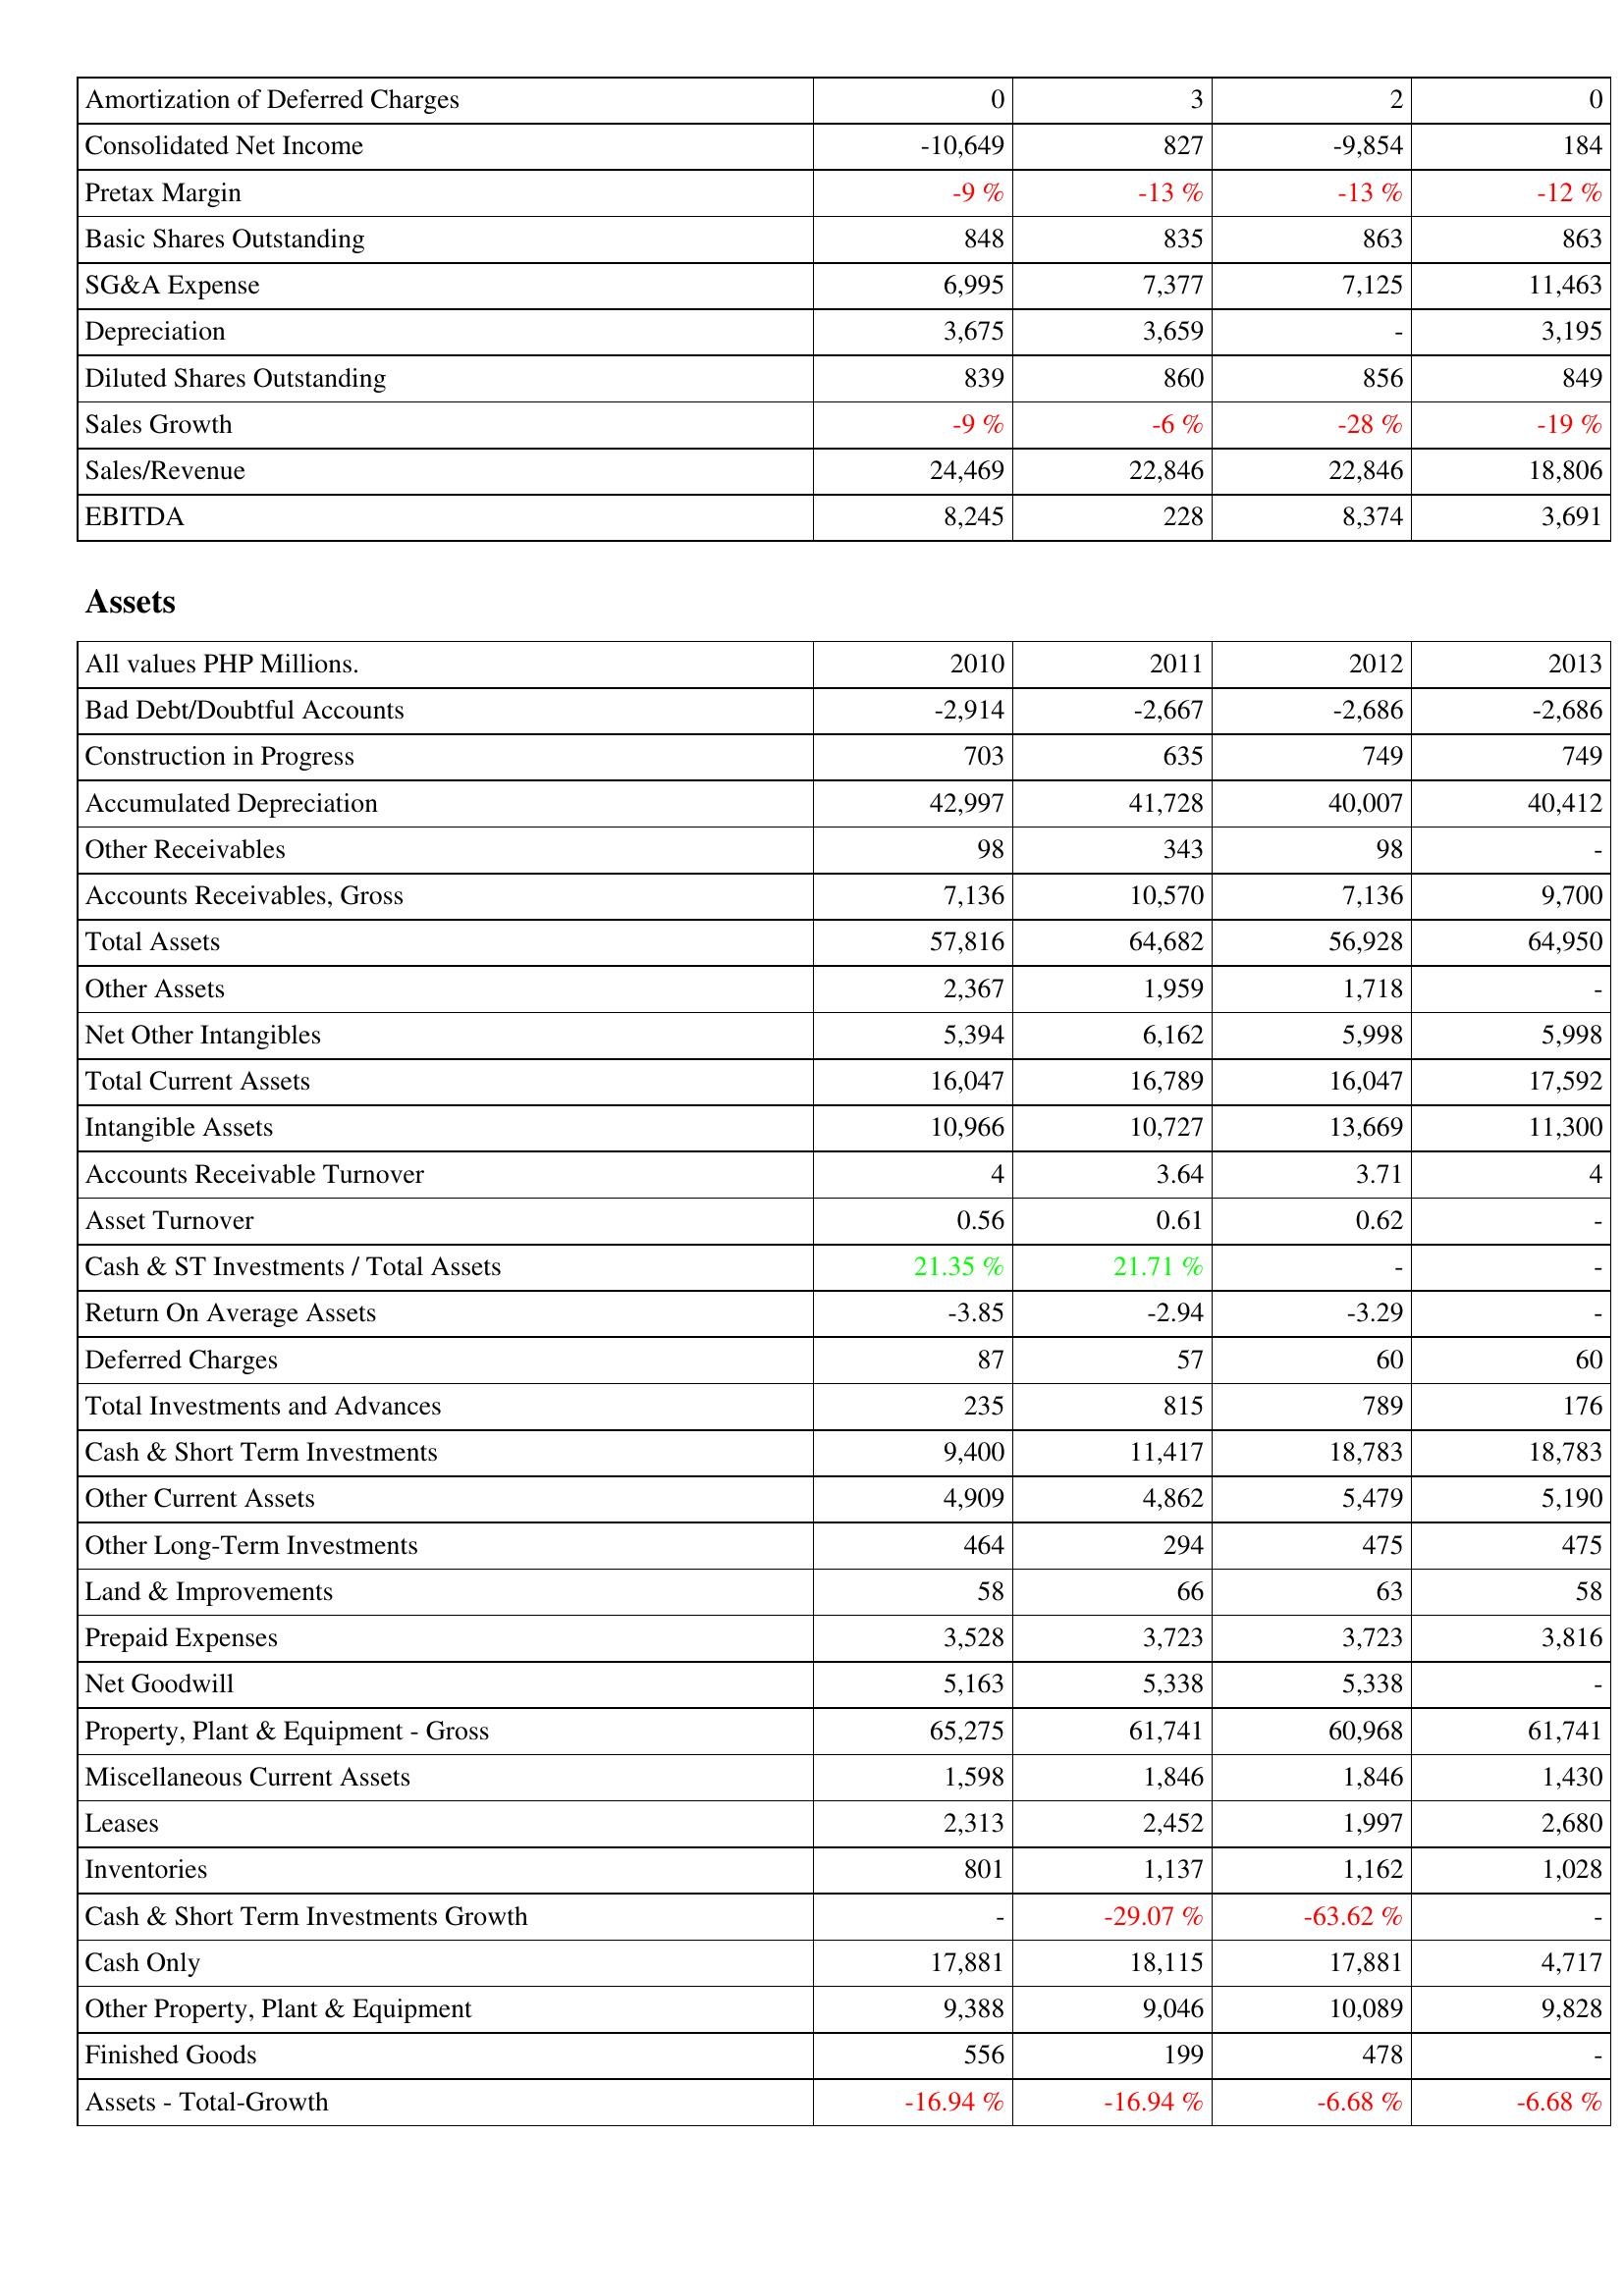
2010: Income Statement: Amortization of Deferred Charges: 0
Consolidated Net Income: -10,649
Pretax Margin: -9 %
Basic Shares Outstanding: 848
SG&A Expense: 6,995
Depreciation: 3,675
Diluted Shares Outstanding: 839
Sales Growth: -9 %
Sales/Revenue: 24,469
EBITDA: 8,245
Assets: Bad Debt/Doubtful Accounts: -2,914
Construction in Progress: 703
Accumulated Depreciation: 42,997
Other Receivables: 98
Accounts Receivables, Gross: 7,136
Total Assets: 57,816
Other Assets: 2,367
Net Other Intangibles: 5,394
Total Current Assets: 16,047
Intangible Assets: 10,966
Accounts Receivable Turnover: 4
Asset Turnover: 0.56
Cash & ST Investments / Total Assets: 21.35 %
Return On Average Assets: -3.85
Deferred Charges: 87
Total Investments and Advances: 235
Cash & Short Term Investments: 9,400
Other Current Assets: 4,909
Other Long-Term Investments: 464
Land & Improvements: 58
Prepaid Expenses: 3,528
Net Goodwill: 5,163
Property, Plant & Equipment - Gross: 65,275
Miscellaneous Current Assets: 1,598
Leases: 2,313
Inventories: 801
Cash & Short Term Investments Growth: -
Cash Only: 17,881
Other Property, Plant & Equipment: 9,388
Finished Goods: 556
Assets - Total-Growth: -16.94 %
2011: Income Statement: Amortization of Deferred Charges: 3
Consolidated Net Income: 827
Pretax Margin: -13 %
Basic Shares Outstanding: 835
SG&A Expense: 7,377
Depreciation: 3,659
Diluted Shares Outstanding: 860
Sales Growth: -6 %
Sales/Revenue: 22,846
EBITDA: 228
Assets: Bad Debt/Doubtful Accounts: -2,667
Construction in Progress: 635
Accumulated Depreciation: 41,728
Other Receivables: 343
Accounts Receivables, Gross: 10,570
Total Assets: 64,682
Other Assets: 1,959
Net Other Intangibles: 6,162
Total Current Assets: 16,789
Intangible Assets: 10,727
Accounts Receivable Turnover: 3.64
Asset Turnover: 0.61
Cash & ST Investments / Total Assets: 21.71 %
Return On Average Assets: -2.94
Deferred Charges: 57
Total Investments and Advances: 815
Cash & Short Term Investments: 11,417
Other Current Assets: 4,862
Other Long-Term Investments: 294
Land & Improvements: 66
Prepaid Expenses: 3,723
Net Goodwill: 5,338
Property, Plant & Equipment - Gross: 61,741
Miscellaneous Current Assets: 1,846
Leases: 2,452
Inventories: 1,137
Cash & Short Term Investments Growth: -29.07 %
Cash Only: 18,115
Other Property, Plant & Equipment: 9,046
Finished Goods: 199
Assets - Total-Growth: -16.94 %
2012: Income Statement: Amortization of Deferred Charges: 2
Consolidated Net Income: -9,854
Pretax Margin: -13 %
Basic Shares Outstanding: 863
SG&A Expense: 7,125
Depreciation: -
Diluted Shares Outstanding: 856
Sales Growth: -28 %
Sales/Revenue: 22,846
EBITDA: 8,374
Assets: Bad Debt/Doubtful Accounts: -2,686
Construction in Progress: 749
Accumulated Depreciation: 40,007
Other Receivables: 98
Accounts Receivables, Gross: 7,136
Total Assets: 56,928
Other Assets: 1,718
Net Other Intangibles: 5,998
Total Current Assets: 16,047
Intangible Assets: 13,669
Accounts Receivable Turnover: 3.71
Asset Turnover: 0.62
Cash & ST Investments / Total Assets: -
Return On Average Assets: -3.29
Deferred Charges: 60
Total Investments and Advances: 789
Cash & Short Term Investments: 18,783
Other Current Assets: 5,479
Other Long-Term Investments: 475
Land & Improvements: 63
Prepaid Expenses: 3,723
Net Goodwill: 5,338
Property, Plant & Equipment - Gross: 60,968
Miscellaneous Current Assets: 1,846
Leases: 1,997
Inventories: 1,162
Cash & Short Term Investments Growth: -63.62 %
Cash Only: 17,881
Other Property, Plant & Equipment: 10,089
Finished Goods: 478
Assets - Total-Growth: -6.68 %
2013: Income Statement: Amortization of Deferred Charges: 0
Consolidated Net Income: 184
Pretax Margin: -12 %
Basic Shares Outstanding: 863
SG&A Expense: 11,463
Depreciation: 3,195
Diluted Shares Outstanding: 849
Sales Growth: -19 %
Sales/Revenue: 18,806
EBITDA: 3,691
Assets: Bad Debt/Doubtful Accounts: -2,686
Construction in Progress: 749
Accumulated Depreciation: 40,412
Other Receivables: -
Accounts Receivables, Gross: 9,700
Total Assets: 64,950
Other Assets: -
Net Other Intangibles: 5,998
Total Current Assets: 17,592
Intangible Assets: 11,300
Accounts Receivable Turnover: 4
Asset Turnover: -
Cash & ST Investments / Total Assets: -
Return On Average Assets: -
Deferred Charges: 60
Total Investments and Advances: 176
Cash & Short Term Investments: 18,783
Other Current Assets: 5,190
Other Long-Term Investments: 475
Land & Improvements: 58
Prepaid Expenses: 3,816
Net Goodwill: -
Property, Plant & Equipment - Gross: 61,741
Miscellaneous Current Assets: 1,430
Leases: 2,680
Inventories: 1,028
Cash & Short Term Investments Growth: -
Cash Only: 4,717
Other Property, Plant & Equipment: 9,828
Finished Goods: -
Assets - Total-Growth: -6.68 %